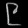
Digit: ၉